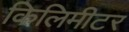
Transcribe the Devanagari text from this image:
किलिमीटर